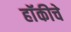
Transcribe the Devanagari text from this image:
हाॅकीचे